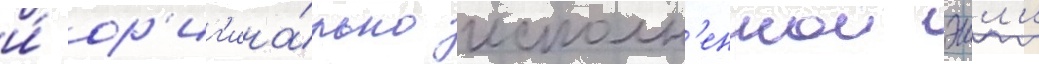
и́ ор'иг'ина́льно исполн'еннои эшл'и